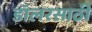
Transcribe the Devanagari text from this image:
डॉलरसाठी